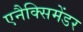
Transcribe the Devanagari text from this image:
एनैक्सिमेंडर